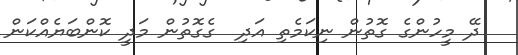
ދޭ މީހުންގެ ގޮތުން ނިކަމެތި އަދި  ގެގޮތުން މަދީ ކޮންބަޔެއްކަން